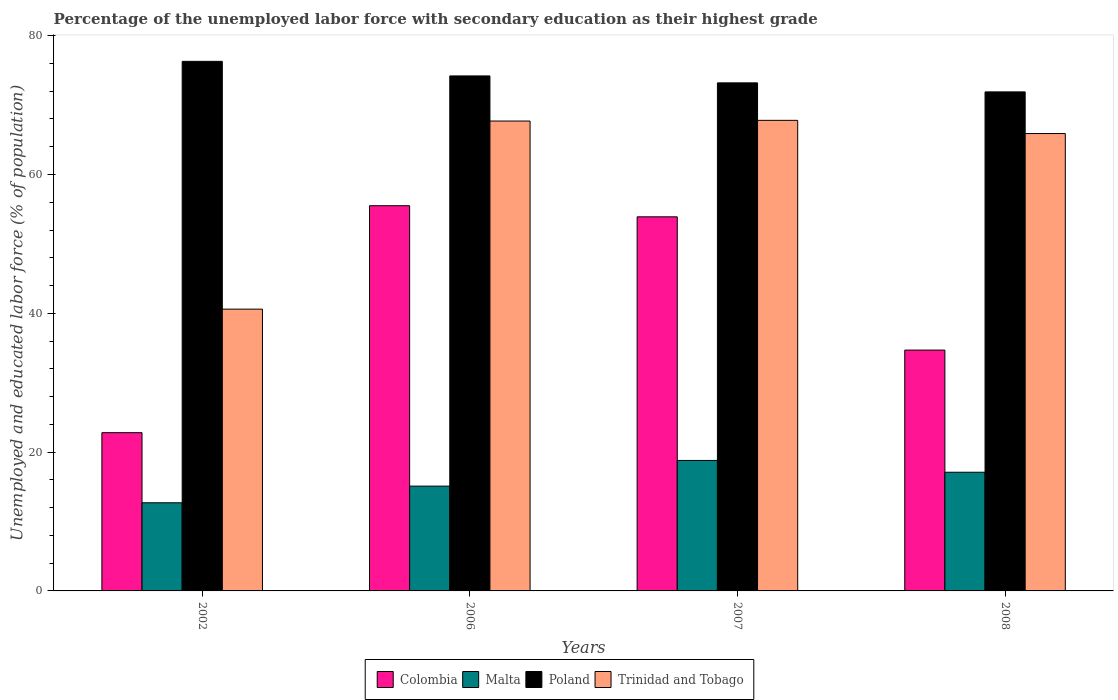
| Years | Colombia | Malta | Poland | Trinidad and Tobago |
 | --- | --- | --- | --- | --- |
 | 2002 | 22.8 | 12.7 | 76.3 | 40.6 |
 | 2006 | 55.5 | 15.1 | 74.2 | 67.7 |
 | 2007 | 53.9 | 18.8 | 73.2 | 67.8 |
 | 2008 | 34.7 | 17.1 | 71.9 | 65.9 |